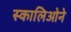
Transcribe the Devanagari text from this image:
स्कालिओने